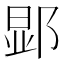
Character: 𮷬